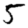
Digit: 5